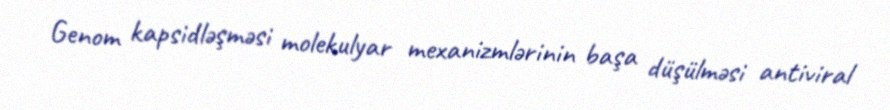
Genom kapsidləşməsi molekulyar mexanizmlərinin başa düşülməsi antiviral